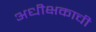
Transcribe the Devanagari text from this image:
अधीक्षकाची